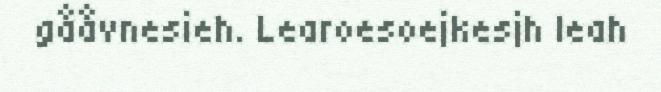
gååvnesieh. Learoesoejkesjh leah